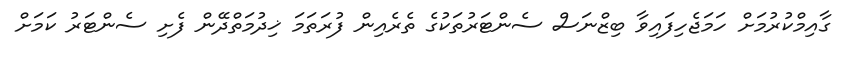
ގާއިމްކުރުމަށް ހަމަޖެހިފައިވާ ބިޒްނަސް ސެންޓަރުތަކުގެ ތެރެއިން ފުރަތަމަ ޚިދުމަތްދޭން ފެށި ސެންޓަރު ކަމަށް